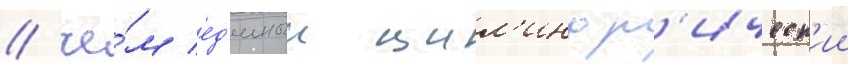
/ че́м ед'иныи цил'индр'ическ'ии